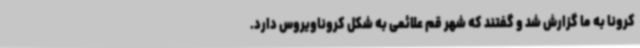
کرونا به ما گزارش شد و گفتند که شهر قم علائمی به شکل کروناویروس دارد.